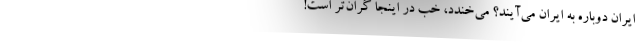
ايران دوباره به ايران مي‌آيند؟ مي‌خندد، خب در اينجا گران‌تر است!